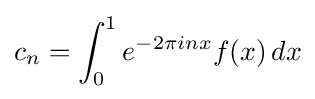
c_{n}=\int _{0}^{1}e^{-2\pi inx}f(x)\,dx